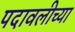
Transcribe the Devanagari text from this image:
पदावलीच्या